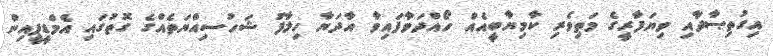
އިގުތިޞާދާއި ވިޔަފާރީގެ މަތިވެރި ކާމިޔާބީއެއް ހޯއްދަވާފައިވާ އާދަޔާ ހިލާފު ޝަހުސިއްޔަތެއްގެ ގޮތުގައި އެމްޑީޕީއިން